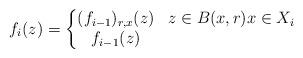
LaTeX: \begin{align*} f_i(z)&=\left\lbrace\begin{matrix} (f_{i-1})_{r, x}(z) & z\in B(x, r)x\in X_i\\ f_{i-1}(z) & \end{matrix}\right. \end{align*}